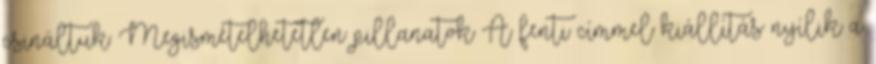
csináltuk: Megismételhetetlen pillanatok A fenti címmel kiállítás nyílik a